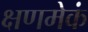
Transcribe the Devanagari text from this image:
क्षणमेकं